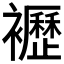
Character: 𧞿